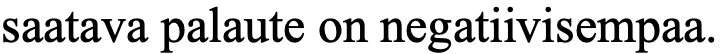
saatava palaute on negatiivisempaa.